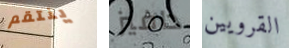
ينتقم دافيز القرويين